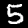
Label: 5